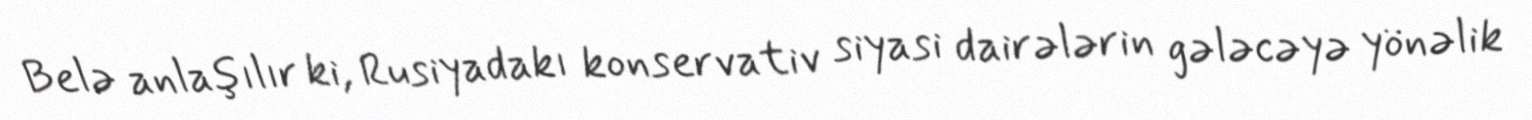
Belə anlaşılır ki, Rusiyadakı konservativ siyasi dairələrin gələcəyə yönəlik